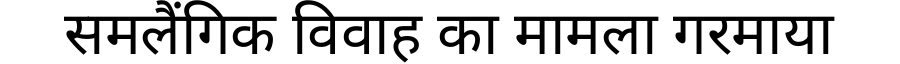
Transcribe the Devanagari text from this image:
समलैंगिक विवाह का मामला गरमाया